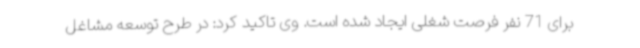
برای 71 نفر فرصت شغلی ایجاد شده است. وی تاکید کرد: در طرح توسعه مشاغل